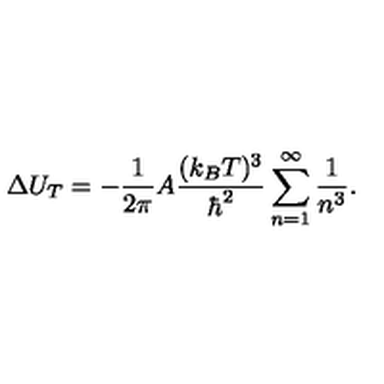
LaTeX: \Delta U _ { T } = - { \frac { 1 } { 2 \pi } } A { \frac { ( k _ { B } T ) ^ { 3 } } { \hbar ^ { 2 } } } \sum _ { n = 1 } ^ { \infty } { \frac { 1 } { n ^ { 3 } } } .